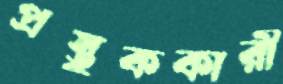
প্রস্তুককারী